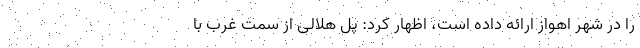
را در شهر اهواز ارائه داده است، اظهار کرد: پل هلالی از سمت غرب با